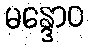
မန္ဒောဝ